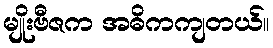
မျိုးဗီဇက အဓိကကျတယ်။